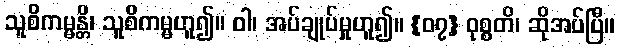
သူစိကမ္မန္တိ၊ သူစိကမ္မဟူ၍။ ဝါ၊ အပ်ချုပ်မှုဟူ၍။ {၀၇} ဝုစ္စတိ၊ ဆိုအပ်ပြီ။